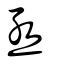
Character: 亟